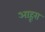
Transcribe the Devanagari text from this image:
आहूरा